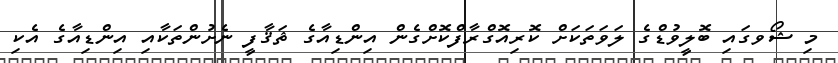
މި ޝޯވގައި ބޮލީވުޑްގެ ލަވަތަކަށް ކޮރިއޮގްރާފްކޮށްގެން އިންޑިއާގެ ޘަޤާފީ ނެށުންތަކާއި އިންޑިއާގެ އެކި